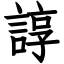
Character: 諄